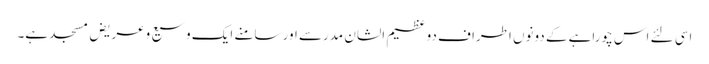
اسی لئے اس چوراہے کے دونوں اطراف دو عظیم الشان مدرسے اور سامنے ایک وسیع وعریض مسجد ہے۔